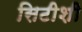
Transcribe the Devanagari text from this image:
सिटीशी